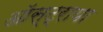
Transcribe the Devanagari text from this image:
ऑस्ट्राया